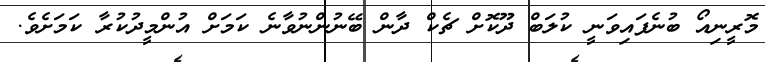
މޮރީނިއޯ ބުުނެފައިވަނީ ކުލަބް ދޫކޮށް ޗެކް ދާން ބޭނުންނުވާނެ ކަމަށް އުންމީދުކުރާ ކަމަށެވެ.